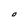
Character: o